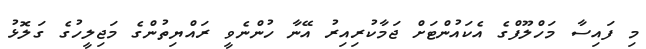
މި ފައިސާ މަހްލޫފްގެ އެކައުންޓަށް ޖަމާކުރިއިރު އޭނާ ހުންނެވީ ރައްޔިތުންގެ މަޖިލީހުގެ ގަލޮޅު